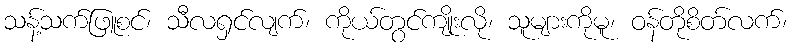
သန့်သက်ဖြူစင်၊ သီလရှင်လျက်၊ ကိုယ်တွင်ကျိုးလို၊ သူများကိုမူ၊ ဝန်တိုစိတ်လက်၊